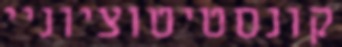
קונסטיטוציוניי